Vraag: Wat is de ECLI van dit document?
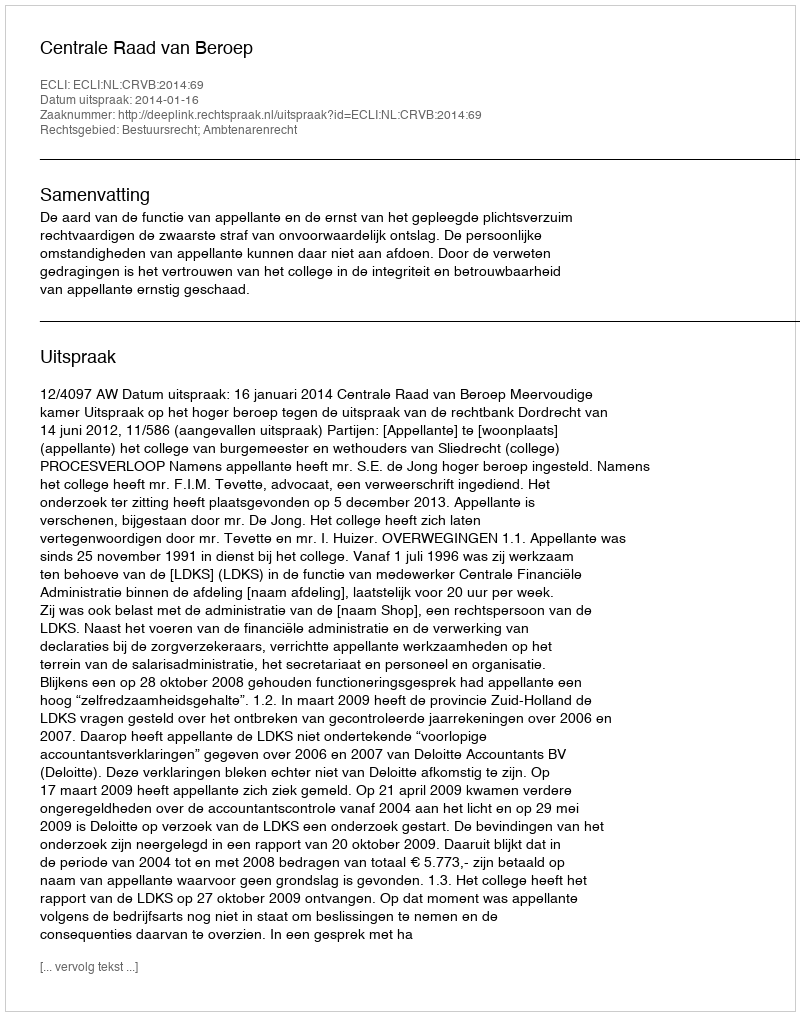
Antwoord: ECLI:NL:CRVB:2014:69